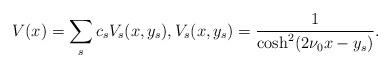
LaTeX: \begin{align*}V(x)=\sum_{s}^{} c_s V_s(x,y_s), V_s(x,y_s)=\frac{1}{\cosh^2 (2\nu_0 x-y_s)}.\end{align*}